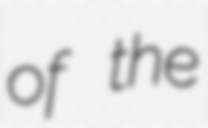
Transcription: of the